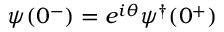
\psi ( 0 ^ { - } ) = e ^ { i \theta } \psi ^ { \dagger } ( 0 ^ { + } )